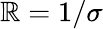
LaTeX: \mathbb{R}=1/\sigma